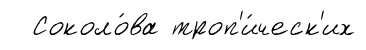
Соколо́ва троп'и́ческ'их